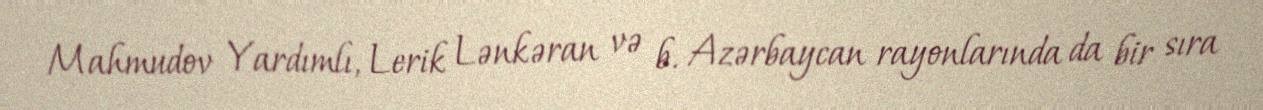
Mahmudov Yardımlı, Lerik Lənkəran və b. Azərbaycan rayonlarında da bir sıra